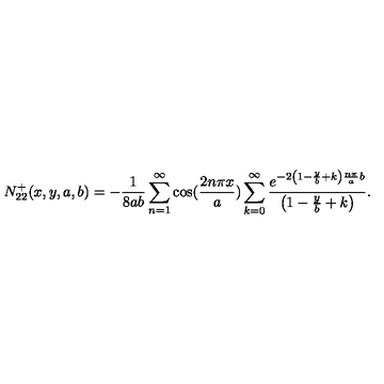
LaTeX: N _ { 2 2 } ^ { + } ( x , y , a , b ) = - \frac { 1 } { 8 a b } \sum _ { n = 1 } ^ { \infty } \cos ( \frac { 2 n \pi x } { a } ) \sum _ { k = 0 } ^ { \infty } \frac { e ^ { - 2 \left( 1 - \frac { y } { b } + k \right) \frac { n \pi } { a } b } } { \left( 1 - \frac { y } { b } + k \right) } .